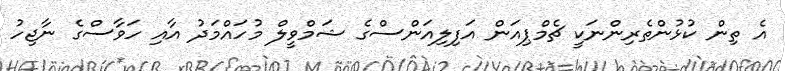
އެ ތިން ކުޅުންތެރިންނަކީ ޗެމްޕިއަން އަފިލިއަންސްގެ ޝަމްވީލް މުހައްމަދު އާއި ހަވާސްގެ ނާޖިހު